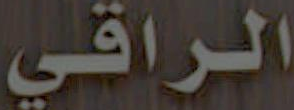
الراقي